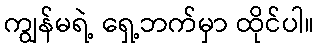
ကျွန်မရဲ့ ရှေ့ဘက်မှာ ထိုင်ပါ။